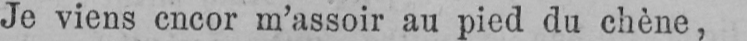
Je viens encor m’assoir au pied du chène,